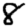
Digit: 8